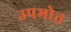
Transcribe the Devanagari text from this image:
उपभोत